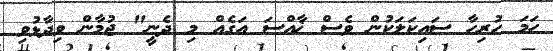
ހަމަ ހުރިހާ ސައިކަލަކުން ވެސް ޚާއްސަ އަގެއް މި ދެނީ" ޖުމާން ވިދާޅުވި